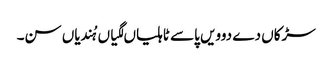
سڑکاں دے دوویں پاسے ٹاہلیاں لگیاں ہُندیاں سن۔